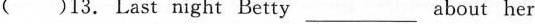
( )13. Last night Betty ___ about her